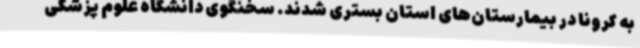
به کرونا در بیمارستان‌های استان بستری شدند. سخنگوی دانشگاه علوم پزشکی